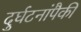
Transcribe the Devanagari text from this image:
दुर्घटनांपैकी